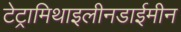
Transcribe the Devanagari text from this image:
टेट्रामिथाइलीनडाईमीन